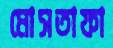
মোসতাফা